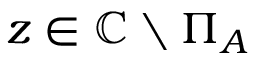
z \in \mathbb { C } \setminus \Pi _ { A }